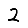
Digit: 2